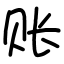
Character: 账